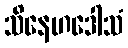
သိနေဟဒေါသံ